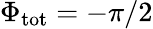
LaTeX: \Phi_{\mathrm{tot}}=-\pi/2